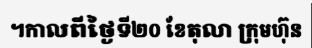
។កាលពីថ្ងៃទី២០ ខែតុលា ក្រុមហ៊ុន